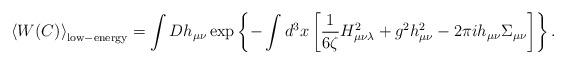
LaTeX: \begin{align*}\left<W(C)\right>_{\rm low-energy}=\int Dh_{\mu\nu}\exp\left\{-\int d^3x\left[\frac{1}{6\zeta}H_{\mu\nu\lambda}^2+g^2h_{\mu\nu}^2-2\pi ih_{\mu\nu}\Sigma_{\mu\nu}\right]\right\}.\end{align*}